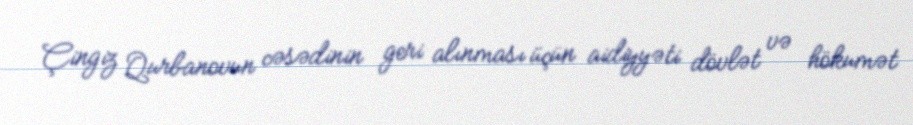
Çingiz Qurbanovun cəsədinin geri alınması üçün aidiyyəti dövlət və hökumət